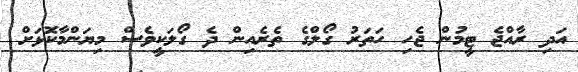
އަދި ރާއްޖެ ޓީމުން ޖެހި ހަތަރު ގޯލްގެ ތެރެއިން ދެ ގޯލަކީވެސް މިޔަންމާކޮޅަށް